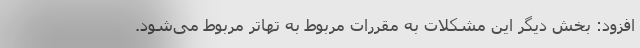
افزود: بخش دیگر این مشکلات به مقررات مربوط به تهاتر مربوط می‌شود.